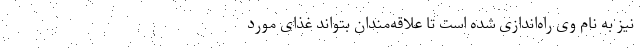
نیز به نام وی راه‌اندازی شده است تا علاقه‌مندان بتواند غذای مورد